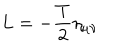
L = - \frac T 2 \eta _ { \mu \nu }